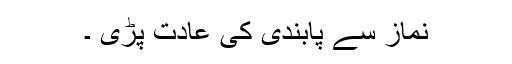
نماز سے پابندی کی عادت پڑی ۔